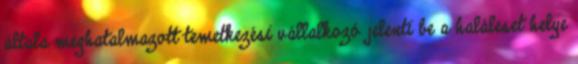
általa meghatalmazott temetkezési vállalkozó jelenti be a haláleset helye